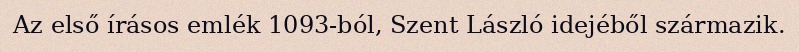
Az első írásos emlék 1093-ból, Szent László idejéből származik.